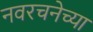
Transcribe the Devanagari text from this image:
नवरचनेच्या